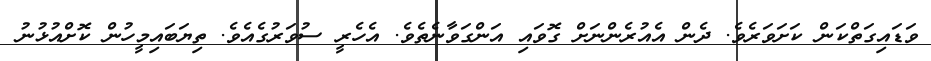
ވަޑައިގަތްކަން ކަށަވަރެވެ. ދެން އެއުރެންނަށް ގޮވައި އަންގަވާނެތެވެ. އެހެރީ ސުވަރުގެއެވެ. ތިޔަބަައިމީހުން ކޮށްއުޅުނު